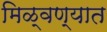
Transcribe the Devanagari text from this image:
मिळ्वण्यात